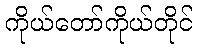
ကိုယ်တော်ကိုယ်တိုင်